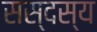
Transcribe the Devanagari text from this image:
सस्दस्य